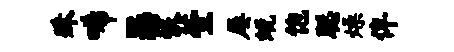
殊唏瑟恨萱屡蜕饱聪燥俾